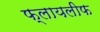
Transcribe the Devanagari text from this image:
फ्लायलीफ